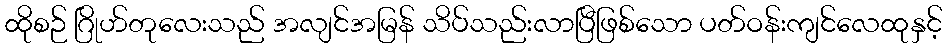
ထိုစဉ် ဂြိုဟ်တုလေးသည် အလျင်အမြန် သိပ်သည်းလာပြီဖြစ်သော ပတ်ဝန်းကျင်လေထုနှင့်